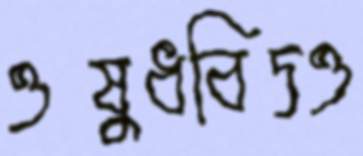
ওষুধবিদও